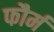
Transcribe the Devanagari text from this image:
फौर्म